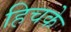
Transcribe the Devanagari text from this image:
हिचके